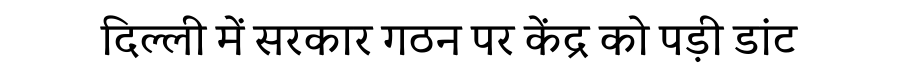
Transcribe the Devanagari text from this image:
दिल्ली में सरकार गठन पर केंद्र को पड़ी डांट